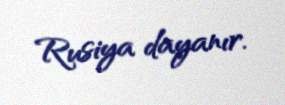
Rusiya dayanır.